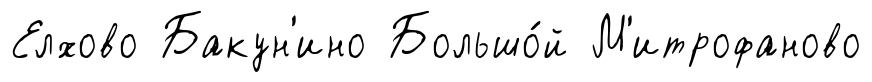
Елхово Бакун'ино Большо́й М'итрофаново